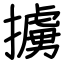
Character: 擄